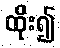
ထိုး၍